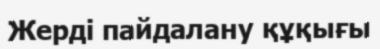
Жерді пайдалану құқығы